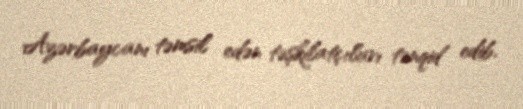
Azərbaycanı təmsil edən təşkilatçıları tənqid edib.